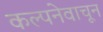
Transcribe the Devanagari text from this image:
कल्पनेवाचून